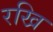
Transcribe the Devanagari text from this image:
रखि